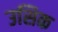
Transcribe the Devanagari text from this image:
उसिक